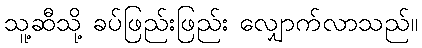
သူ့ဆီသို့ ခပ်ဖြည်းဖြည်း လျှောက်လာသည်။